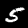
Digit: 5